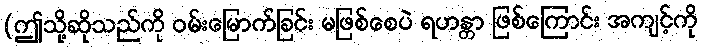
(ဤသို့ဆိုသည်ကို ဝမ်းမြောက်ခြင်း မဖြစ်စေပဲ ရဟန္တာ ဖြစ်ကြောင်း အကျင့်ကို